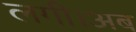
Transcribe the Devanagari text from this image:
लगी।अब